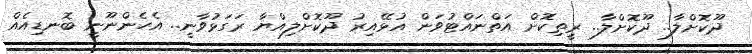
ދޫކޮށްލާ.. ދޫކޮށްލާ.. ރީތިކޮށް އަތްނައްޓުވަން އުޅޭއިރު ދޫކޮށްލިއްޔާ ރަގަޅުވާނީ.. އެހެންނޫނީ ބޮނޑިއެއް